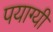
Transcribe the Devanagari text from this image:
पयाग्यी